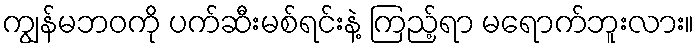
ကျွန်မဘဝကို ပက်ဆီးမစ်ရင်းနဲ့ ကြည့်ရာ မရောက်ဘူးလား။